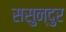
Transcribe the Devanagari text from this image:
ससुन्दुर